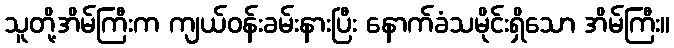
သူတို့အိမ်ကြီးက ကျယ်ဝန်းခမ်းနားပြီး နောက်ခံသမိုင်းရှိသော အိမ်ကြီး။